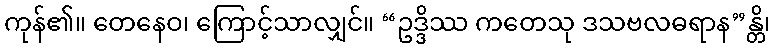
ကုန်၏။ တေနေဝ၊ ကြောင့်သာလျှင်။ “ဥဒ္ဒိဿ ကတေသု ဒသဗလဓရာန”န္တိ၊